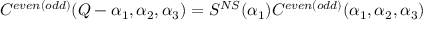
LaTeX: C ^ { e v e n ( o d d ) } ( Q - \alpha _ { 1 } , \alpha _ { 2 } , \alpha _ { 3 } ) = S ^ { N S } ( \alpha _ { 1 } ) C ^ { e v e n ( o d d ) } ( \alpha _ { 1 } , \alpha _ { 2 } , \alpha _ { 3 } )